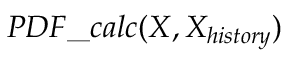
P D F \_ c a l c ( X , X _ { h i s t o r y } )